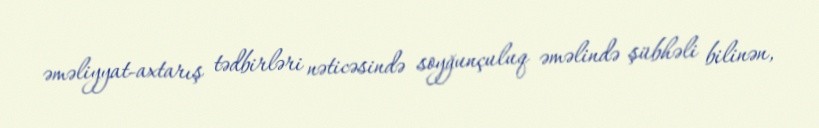
əməliyyat-axtarış tədbirləri nəticəsində soyğunçuluq əməlində şübhəli bilinən,